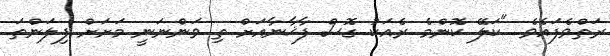
ރަތްވެފައެވެ. "ކަލޭ ކޮންމެ ރެއަކު ގޮސް ފާޚާނާއަށް ތި ވަންނަނީ މަށަށް ފިލަންތަ.